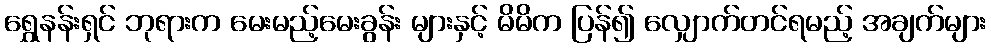
ရွှေနန်းရှင် ဘုရားက မေးမည့်မေးခွန်း များနှင့် မိမိက ပြန်၍ လျှောက်တင်ရမည့် အချက်များ